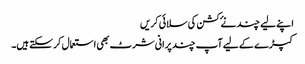
اپنے لیے چند نۓ کشن کی سلائی کریں
کپڑے کے لیے آپ چند پرانی شرٹ بھی استعمال کر سکتے ہیں۔